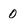
Character: 0